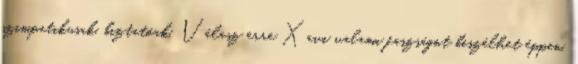
szimpatikusak, biztatóak. Válasz erre Xavi valami faszságot beszélhet éppen,